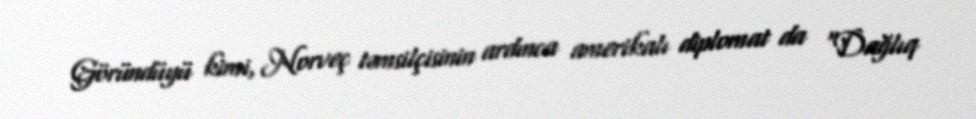
Göründüyü kimi, Norveç təmsilçisinin ardınca amerikalı diplomat da “Dağlıq